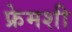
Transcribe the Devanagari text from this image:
फ्रेमशी